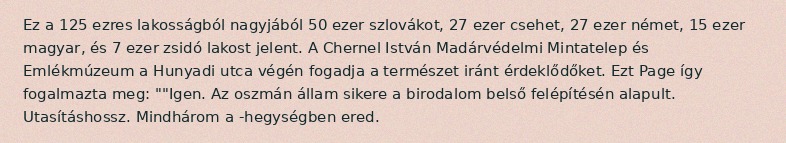
Ez a 125 ezres lakosságból nagyjából 50 ezer szlovákot, 27 ezer csehet, 27 ezer német, 15 ezer magyar, és 7 ezer zsidó lakost jelent. A Chernel István Madárvédelmi Mintatelep és Emlékmúzeum a Hunyadi utca végén fogadja a természet iránt érdeklődőket. Ezt Page így fogalmazta meg: ""Igen. Az oszmán állam sikere a birodalom belső felépítésén alapult. Utasításhossz. Mindhárom a -hegységben ered.